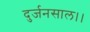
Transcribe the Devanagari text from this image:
दुर्जनसाल।।